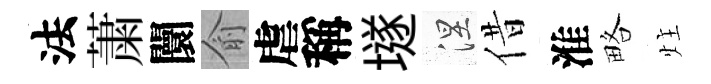
法䔥闤俞虐稱𡑞涅借淮略炷